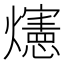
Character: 𪺅